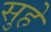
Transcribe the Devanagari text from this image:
सुहे